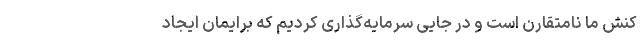
کنش ما نامتقارن است و در جایی سرمایه‌گذاری کردیم که برایمان ایجاد